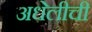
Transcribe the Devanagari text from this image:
अधेलीची